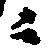
ニ